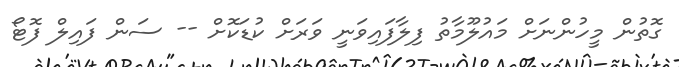
ގޮތުން މީހުންނަށް މައުލޫމާތު ފިލާފައިވަނީ ވަރަށް ކުޑަކޮށް -- ސަން ފައިލް ފޮޓޯ